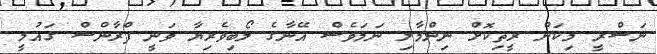
ނަސްރީ މިކަން ރީތިކޮށް ނިންމާލި ނަމަވެސް އޭނާގެ ލޯބިވެރިޔާ ވަނީ ފްރާންސް ގައުމީ